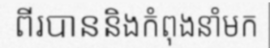
ពីរបាននិងកំពុងនាំមក